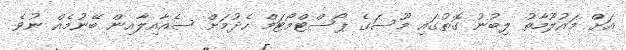
އަށް މައުލޫމާތު ލިބުނު ގޮތުގައި މޫސަގެ ޕޯސްޓްމޯޓަމް ހެދުމަށް ސެއާއިލާއިން ބޭނުމެއް ނުވެ